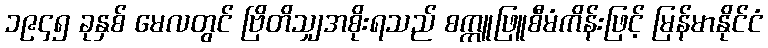
၁၉၄၅ ခုနှစ် မေလတွင် ဗြိတိသျှအစိုးရသည် စက္ကူဖြူစီမံကိန်းဖြင့် မြန်မာနိုင်ငံ